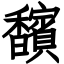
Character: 馪